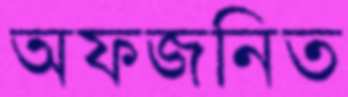
অফজনিত